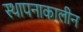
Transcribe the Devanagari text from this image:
स्थापनाकालीन